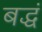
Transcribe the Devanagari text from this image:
बद्धं